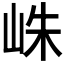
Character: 𪨴